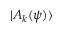
| A _ { k } ( \psi ) \rangle